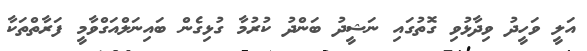
އަލީ ވަހީދު ވިދާޅުވި ގޮތުގައި ނަޝީދު ބަންދު ކުރުމާ ގުޅިގެން ބައިނަލްއަގްވާމީ ފަރާތްތަކާ